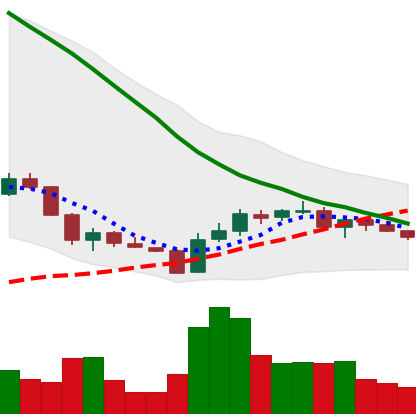
Ticker: ADA-USD
Chart end date: 2018-06-08
Forward return: -21.889%
Label: down_7plus